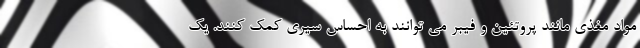
مواد مغذی مانند پروتئین و فیبر می توانند به احساس سیری کمک کنند. یک